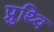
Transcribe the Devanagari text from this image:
प्रुथ्वि